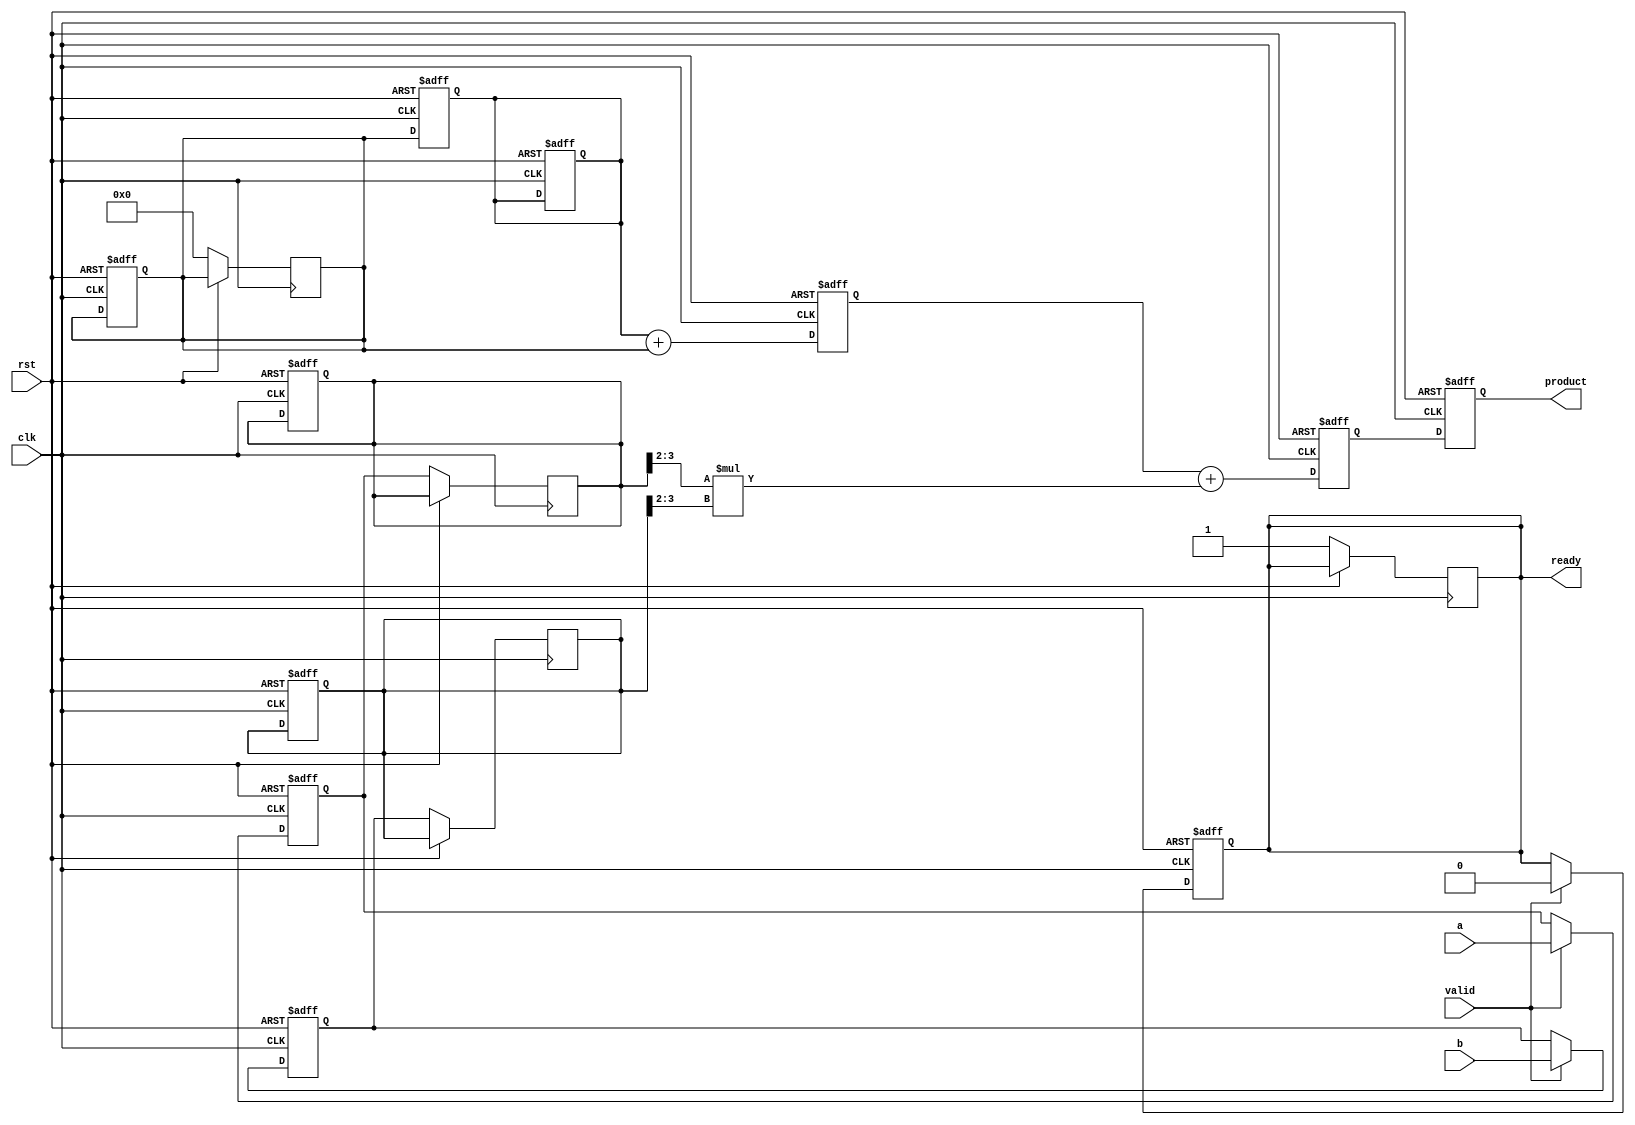
module pipelined_sliced_multiplier #(parameter N = 4, // Bit-width of the inputs
                                     parameter S = 2  // Slice width
                                    ) (
    input clk,
    input rst,
    input [N-1:0] a, // First input operand
    input [N-1:0] b, // Second input operand
    input valid,     // Input valid signal
    output reg [2*N-1:0] product, // Output product
    output reg ready // Output ready signal
);

    // Internal signals
    reg [N-1:0] a_reg [0:1]; // Input registers for operands
    reg [N-1:0] b_reg [0:1]; // Input registers for operands
    reg [N-1:0] partial_products [0:1]; // Partial products for each slice
    reg [2*N-1:0] accum [0:2]; // Accumulators for partial products
    reg [2*N-1:0] final_sum; // Final accumulated sum

    // Pipeline registers
    reg [N-1:0] a_pipe [0:3];
    reg [N-1:0] b_pipe [0:3];
    reg [2*N-1:0] pp_pipe [0:3];

    integer i;

    // Stage 1: Input Buffer
    always @(posedge clk or posedge rst) begin
        if (rst) begin
            a_reg[0] <= 0;
            b_reg[0] <= 0;
            ready <= 0;
        end else if (valid) begin
            a_reg[0] <= a;
            b_reg[0] <= b;
            ready <= 0; // Not ready until product is computed
        end
    end

    // Stage 2: Slice multiplication
    always @(posedge clk or posedge rst) begin
        if (rst) begin
            a_pipe[0] <= 0;
            b_pipe[0] <= 0;
            partial_products[0] <= 0;
        end else begin
            a_pipe[1] <= a_reg[0];
            b_pipe[1] <= b_reg[0];
            partial_products[0] <= a_pipe[0][1:0] * b_pipe[0][1:0]; // Multiply lowest 2 bits
        end
    end

    // Stage 3: Accumulate partial products
    always @(posedge clk or posedge rst) begin
        if (rst) begin
            pp_pipe[0] <= 0;
            accum[0] <= 0;
        end else begin
            pp_pipe[1] <= {partial_products[0], 0}; // Shift to align
            accum[0] <= pp_pipe[0] + pp_pipe[1]; // Accumulate
        end
    end

    // Stage 4: Final product calculation
    always @(posedge clk or posedge rst) begin
        if (rst) begin
            final_sum <= 0;
            product <= 0;
        end else begin
            final_sum <= accum[0] + (a_pipe[1][N-1:2] * b_pipe[1][N-1:2]); // Add next slice
            product <= final_sum; // Output the final product
            ready <= 1; // Indicate that product is ready
        end
    end

    // Pipeline shifting for the next clock cycle
    always @(posedge clk or posedge rst) begin
        if (rst) begin
            for (i = 0; i < 4; i = i + 1) begin
                a_pipe[i] <= 0;
                b_pipe[i] <= 0;
                pp_pipe[i] <= 0;
            end
        end else begin
            a_pipe[0] <= a_pipe[1];
            b_pipe[0] <= b_pipe[1];
            pp_pipe[0] <= pp_pipe[1];
        end
    end

endmodule